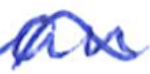
Text: an
Cross-out: wave
Writing tool: ballpoint